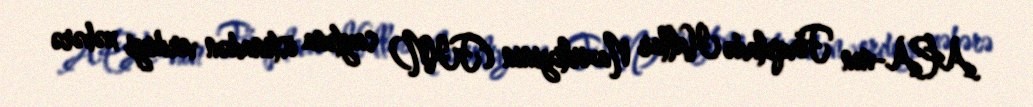
APA-nın Fövqəladə Hallar Nazirliyinin (FHN) saytına istinadən verdiyi xəbərə